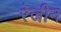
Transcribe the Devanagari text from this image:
रेजीन